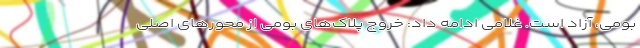
بومی، آزاد است. غلامی ادامه داد: خروج پلاک‌های بومی از محورهای اصلی